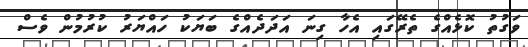
ވަގުތު ކޮޅެއްގެ ތެރޭގައި އެހާ ގިނަ އަދަދެއްގެ ބަޔަކު ހައްޔަރު ކުރުމުން ވެސް